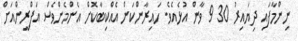
ނިންމާފައި ދިޔައިރު 30 9 ވާން އުޅެއެވެ. ހައިރާންކަން އެއްކިބާކޮށް އެންމެންވެސް އަފްރީންއަށް